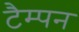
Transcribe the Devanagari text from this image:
टैम्पन